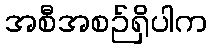
အစီအစဉ်ရှိပါက